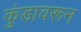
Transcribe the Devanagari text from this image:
कुंडावरून